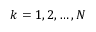
k = 1 , 2 , \dots , N